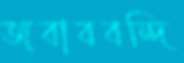
জবাববন্দি